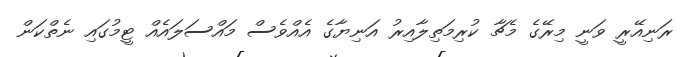
ރަނިއޭރީ ވަނީ މިރޭގެ މެޗާ ކުރިމަތިލާއިރު އަނިޔާގެ އެއްވެސް މައްސަލައެއް ޓީމުގައި ނެތްކަން